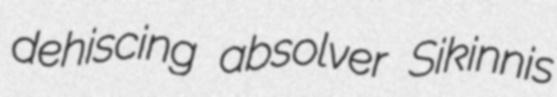
dehiscing absolver Sikinnis